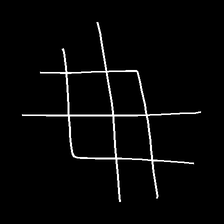
Glyph: crystal